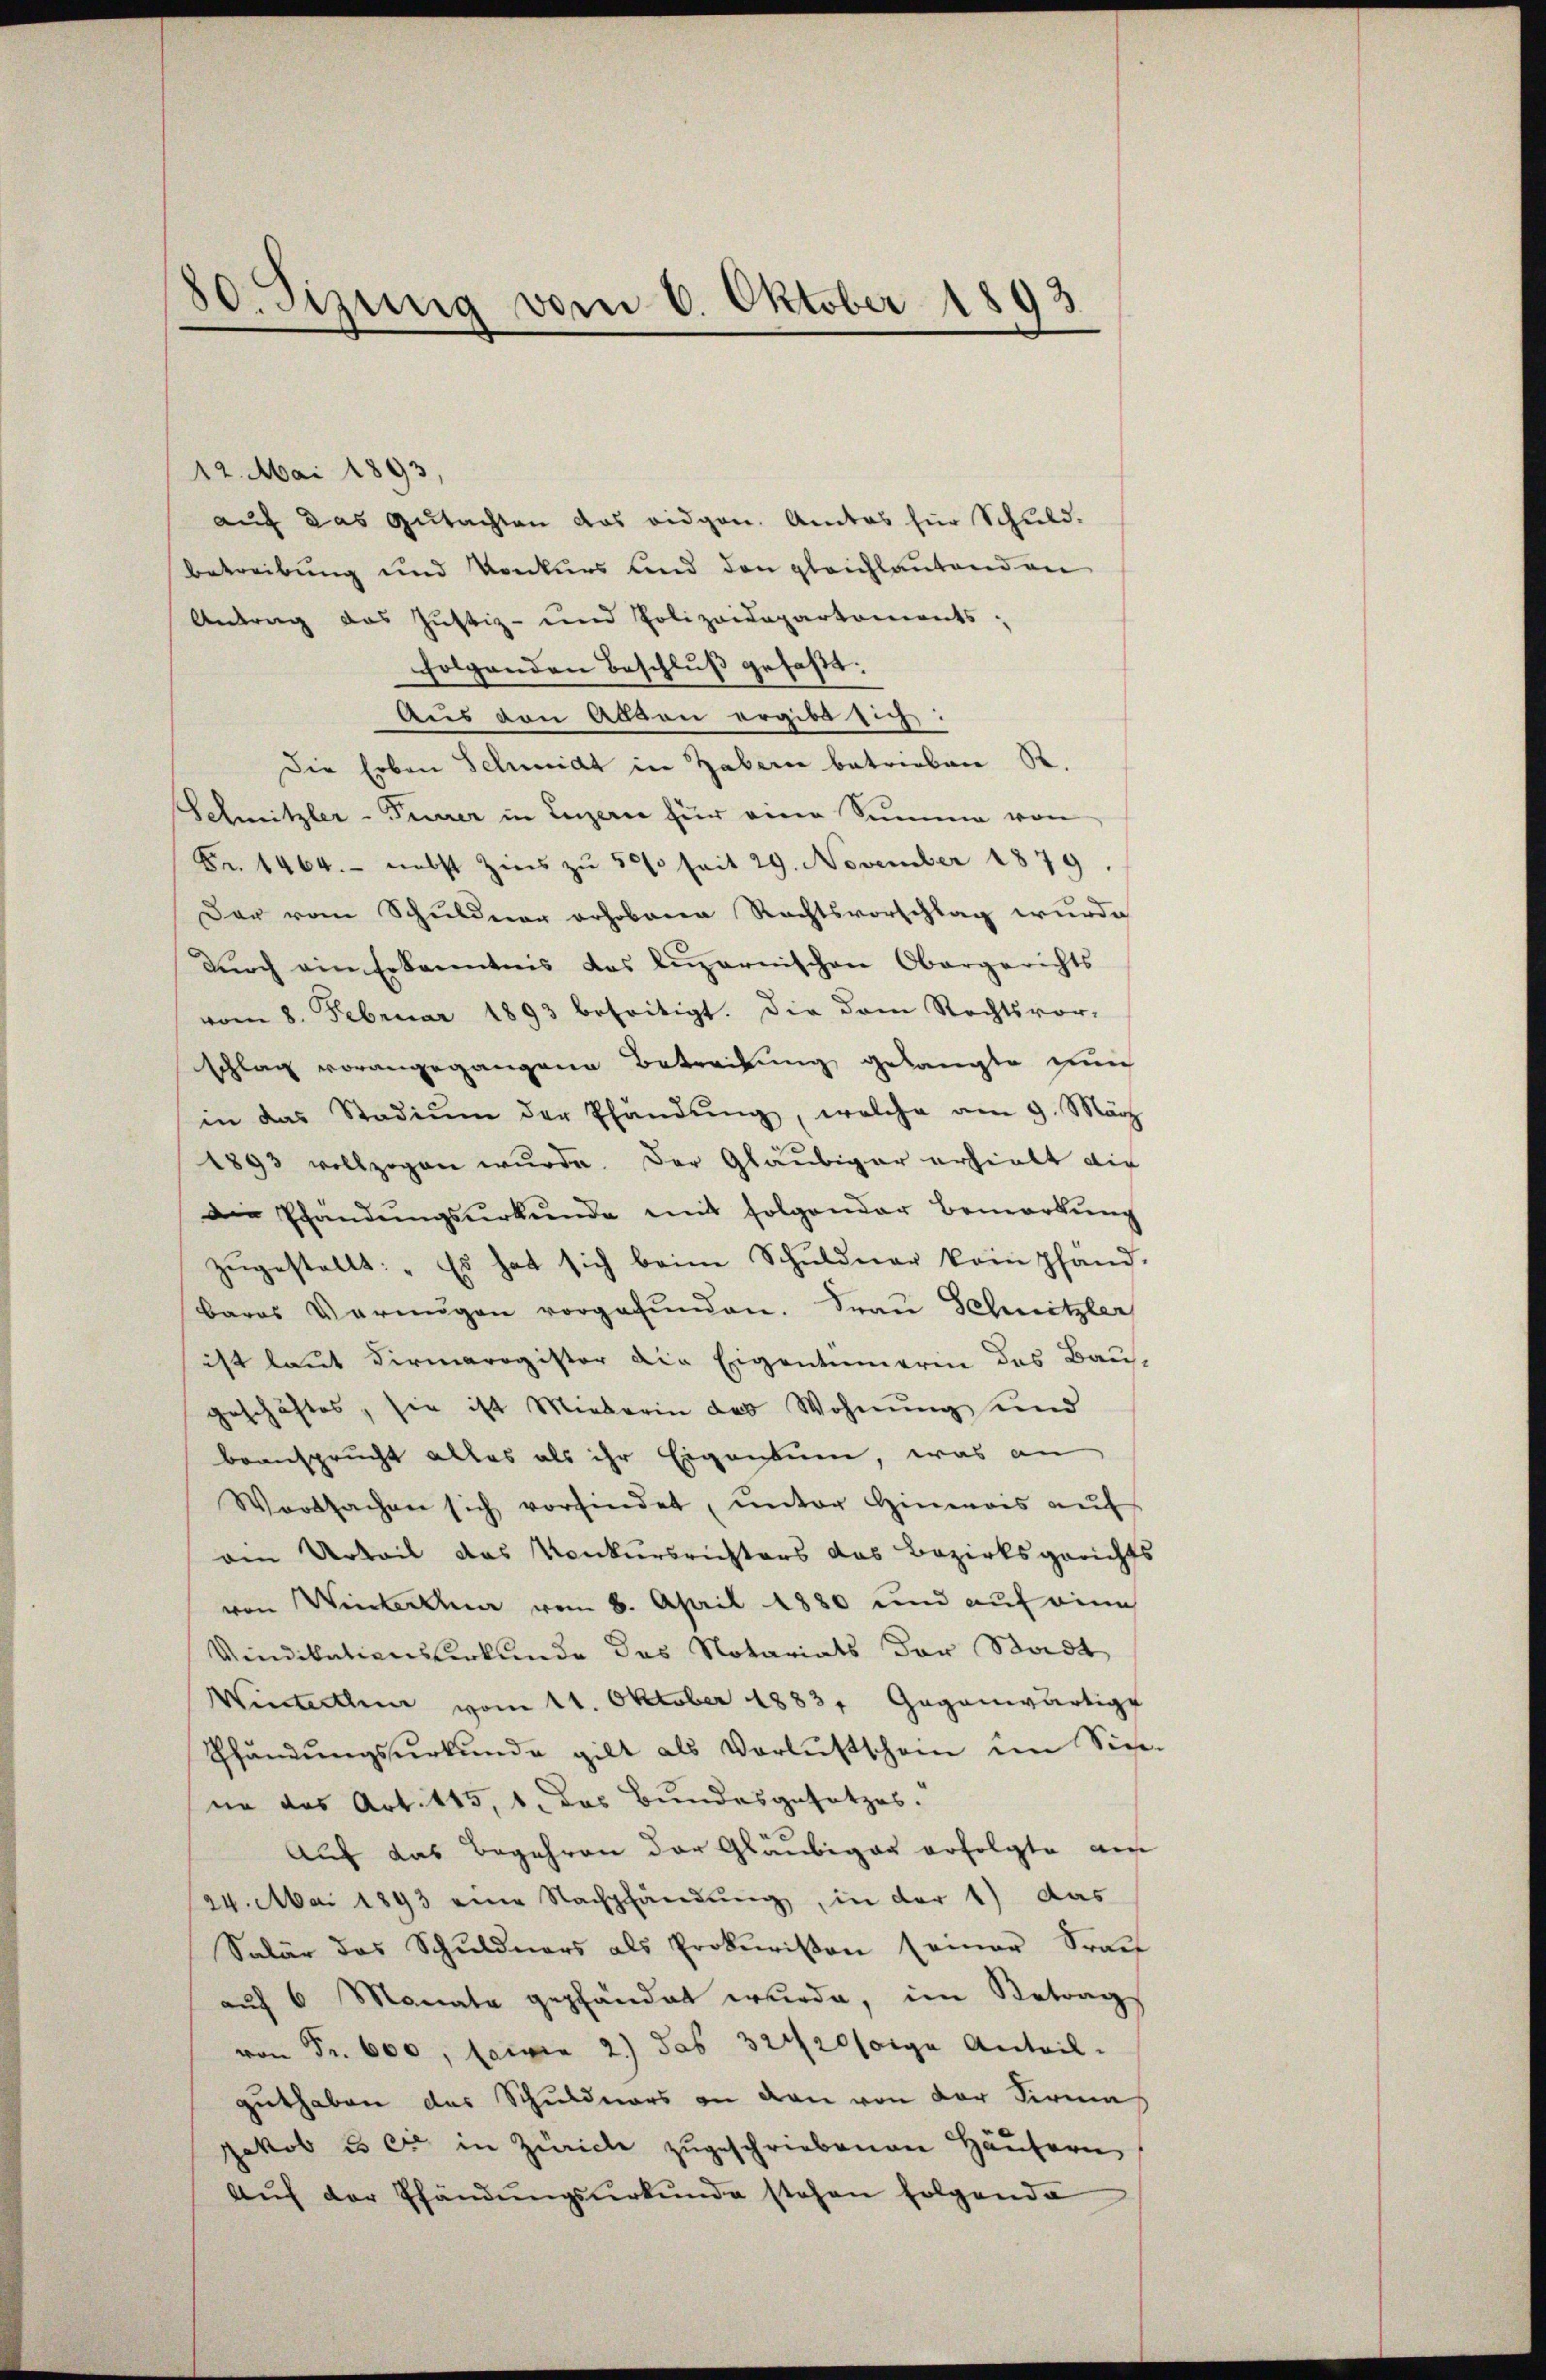
80. Sizung vom 6. Oktober 1893

12. Mai 1893,
auf das Gutachten das eidgen. Amtes für Schuld.
betreibung und Konkurs und den gleichlautend an
Antrag das Justiz- und Polizeidepartements,
folgenden Beschluß gefaßt:
Aus von Alten ergibt sich:
Die Erben Schmidt in Habern betrieben S.
Schmitzler-Feurer in Luzern für eine Summe von
Fr. 1464. nebst Zins zŭ 50 seit 29. November 1879
Der vom Schuldner erhobenen Rechtsvorschlag wurde
Durch ein Erkanntnis das Luzernischen Obergerichts
vom 8. Februar 1893 beseitigt. Die dem Rechtsvor-
schlag vorangegangene Betreibung gelangte ein
in das Stadiŭm der Pfändŭng, welche am 9. März
1893 vollzogen wurde. Der Gläubiger erhielt die
Die Pfändungsurkunde mit folgender Bemerkŭng
zŭgestellt: „Es hat sich beim Schuldner kain pfand-
bares Vermögen vorgefŭnden. Frau Schnitzler
ist laut Firmaregister die Eigentümerin des Bau-
geschäftes, sie ist Mieterin des Wohnŭng und
beansprucht alles als ihr Eigentum, was an
Wortsachen sich vorfindet, unter Hinweis auf
den Urteil das Konkursrichters das Bezirksgerichts
von Winterthur vom 8. April 1880 und auf eine
Vindikationsterkunde das Notariats der Stadt
Winterthen vom 11. Oktober 18831 Gegenwärtige
shändungsurkunde gilt als Verlustschein im Siche.
ne das Art. 115, 1. das Bundesgesetzes.
Auf das Begehren der Gläubiger erfolgte am
24. Mai 1893 eine Nachpfändung, in der 1) das
Salär das Schuldners als Prokuriston seiner Tract
auf 6 Monate gepfandat wurde, im Betrag
von Fr. 600, seien 2) das 32420 folge Anteil-
guthaben das Schuldners an den von der Firma
Jakob es er in Zürich zugeschriebenen Häusern
Aŭf der Pfändŭngsŭrkŭnde stehen folgende